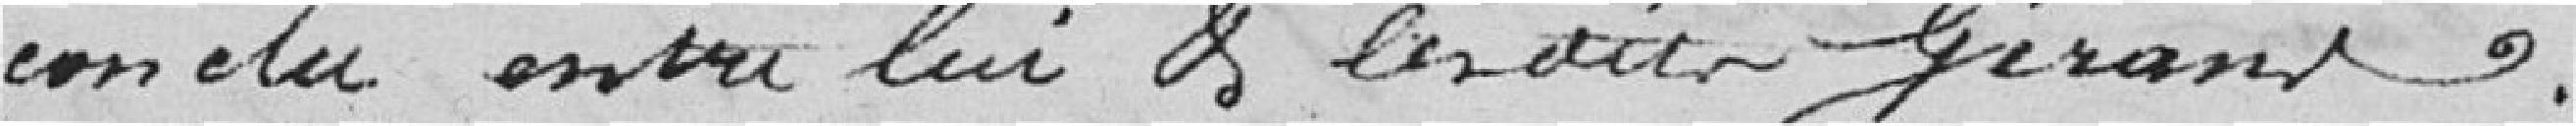
conclu entre lui et les dits gérants.